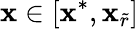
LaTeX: \mathbf{x}\in[\mathbf{x}^{*},\mathbf{x}_{\widetilde{r}}]